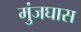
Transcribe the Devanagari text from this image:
मुंजघास